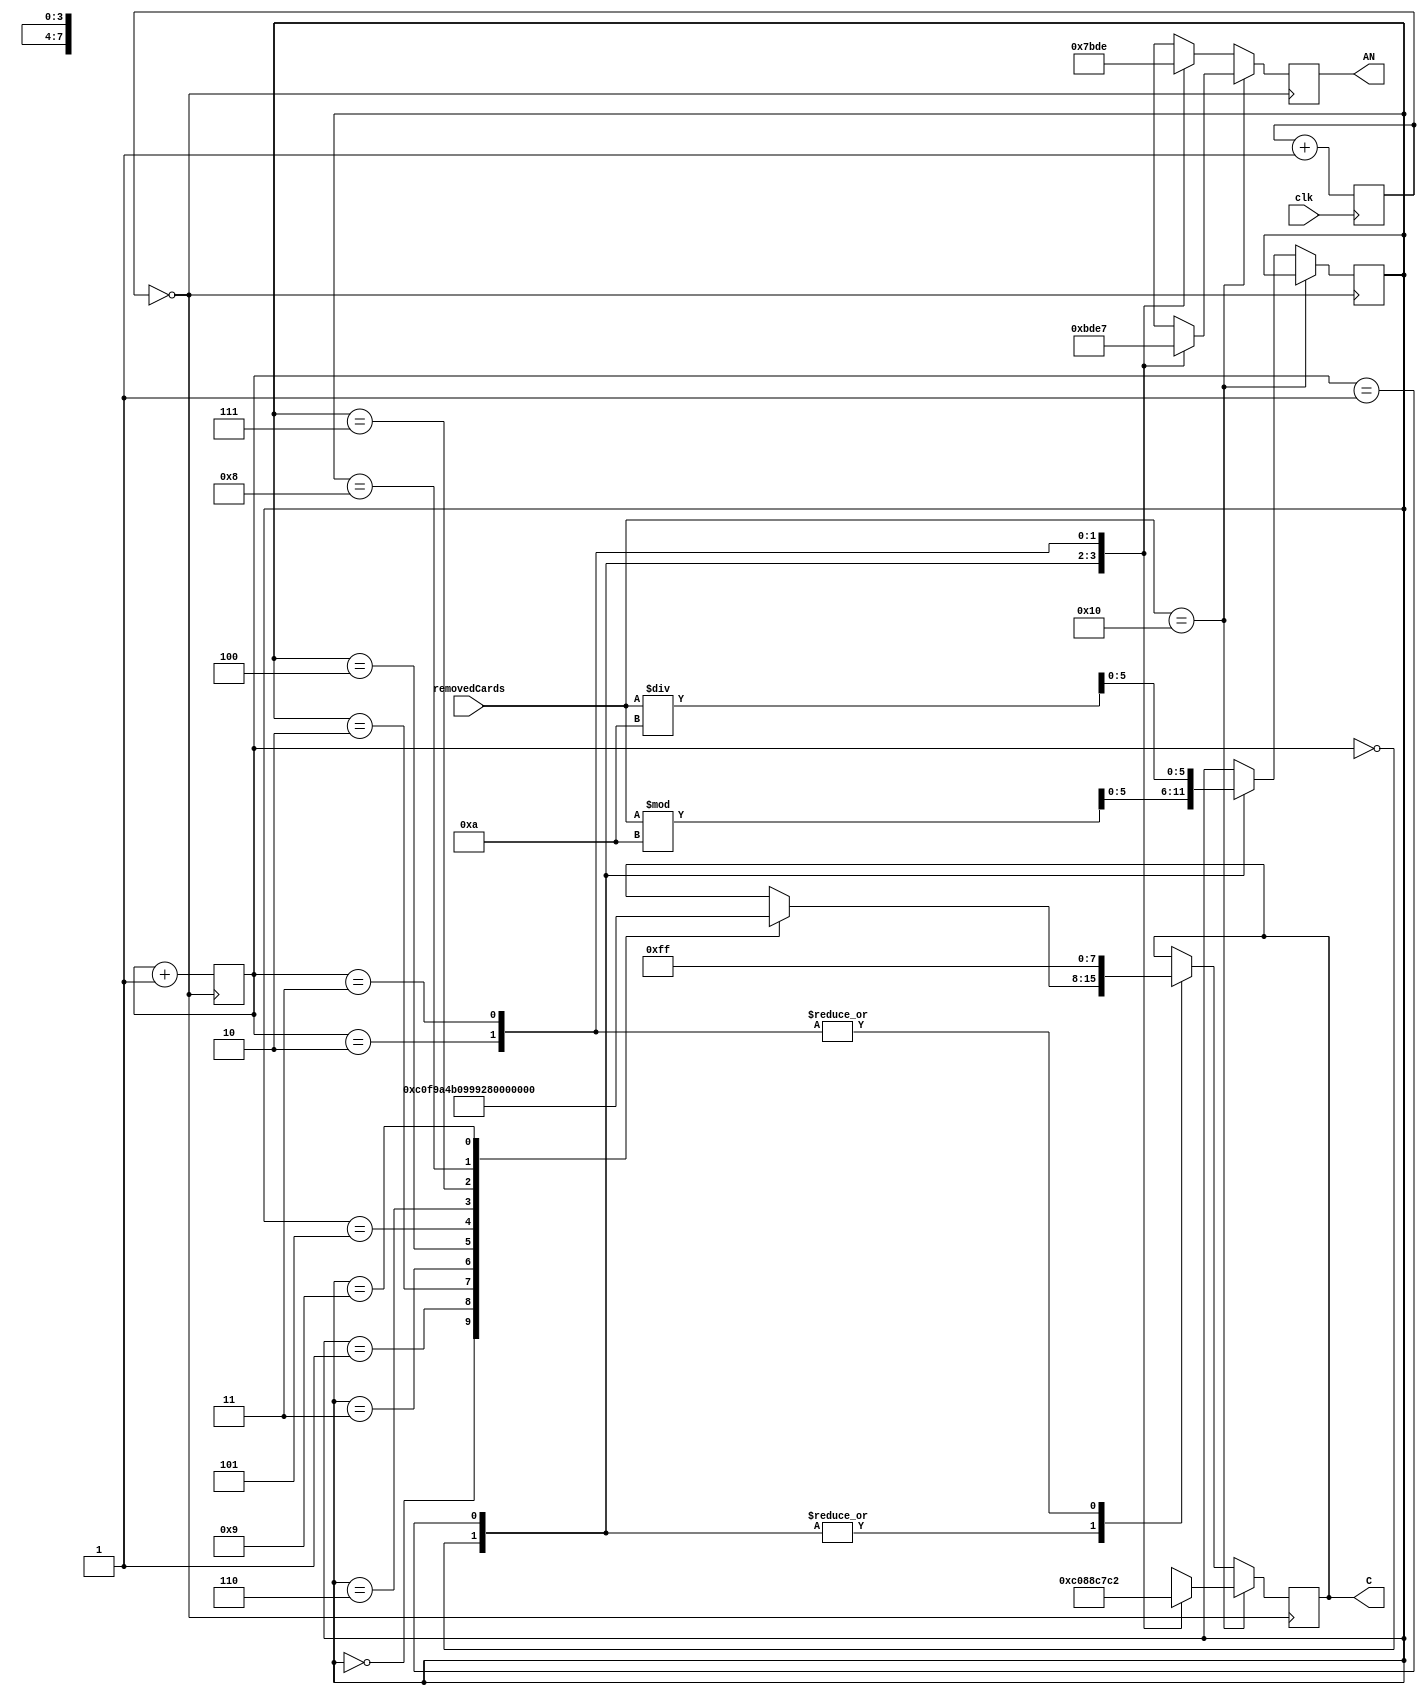
`timescale 1ns / 1ps
//////////////////////////////////////////////////////////////////////////////////
// Company: 
// Engineer: 
// 
// Design Name: 
// Module Name:    sevenseg 
// Project Name: 
// Target Devices: 
// Tool versions: 
// Description: 
//
// Dependencies: 
//
// Revision: 
// Revision 0.01 - File Created
// Additional Comments: 
//
//////////////////////////////////////////////////////////////////////////////////
module SevenSeg(
    input clk,
	 input [4:0] removedCards,

    output reg[7:0] C,  //cathode
    output reg[3:0] AN  //anode
    );

reg [1:0] digit = 0;
reg [5:0] value = 0;
//initial begin
	//digit = 2'b00;
//end

reg [15:0] clock;
wire clk_en = (clock == 0);
always @ (posedge clk)
	clock <= clock + 1;

always @ (posedge clk_en) begin
	
	//choose which digit to display
	digit <= digit + 1;
	if (removedCards == 5'b10000) begin
	// display GOAL
			case(digit)
			0: begin
				AN <= 4'b1011;
				C <= 8'b11000000;
			end
			
			1: begin
				AN <= 4'b1101;
				C <= 8'b10001000;
			end
			
			2: begin
				AN <= 4'b1110;
				C <= 8'b11000111;
			end
			
			3: begin
				AN <= 4'b0111;
				C <= 8'b11000010;
			end
		endcase
	end
	else begin
	//choose which anode to light up and which digit value to display
		case(digit)
			0: begin
				AN <= 4'b0111;
				value <= removedCards % 10;
				case(value)
					0: C <= 8'b11000000;
					1: C <= 8'b11111001;
					2: C <= 8'b10100100;
					3: C <= 8'b10110000;
					4: C <= 8'b10011001;
					5: C <= 8'b10010010;
					6: C <= 8'b10000010;
					7: C <= 8'b11111000;
					8: C <= 8'b10000000;
					9: C <= 8'b10010000;
				endcase
			end
			
			1: begin
				AN <= 4'b1011;
				value <= removedCards / 10;
				case(value)
					0: C <= 8'b11000000;
					1: C <= 8'b11111001;
					2: C <= 8'b10100100;
					3: C <= 8'b10110000;
					4: C <= 8'b10011001;
					5: C <= 8'b10010010;
					6: C <= 8'b10000010;
					7: C <= 8'b11111000;
					8: C <= 8'b10000000;
					9: C <= 8'b10010000;
				endcase
			end
			
			2: begin
				AN <= 4'b1101;
				C <= 8'b11111111;
			end
			
			3: begin
				AN <= 4'b1110;
				C <= 8'b11111111;
			end
		endcase
	end
end

endmodule